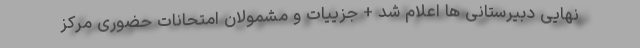
نهایی دبیرستانی ها اعلام شد + جزییات و مشمولان امتحانات حضوری مرکز